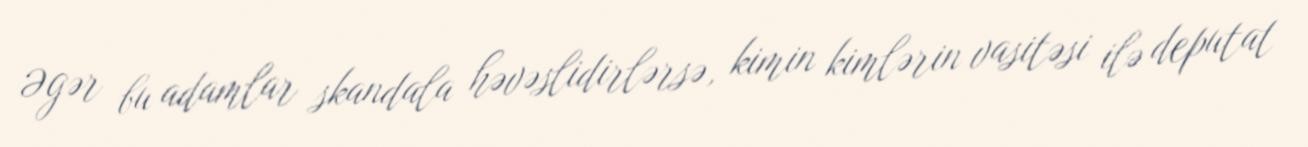
Əgər bu adamlar skandala həvəslidirlərsə, kimin kimlərin vasitəsi ilə deputat